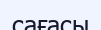
сағасы